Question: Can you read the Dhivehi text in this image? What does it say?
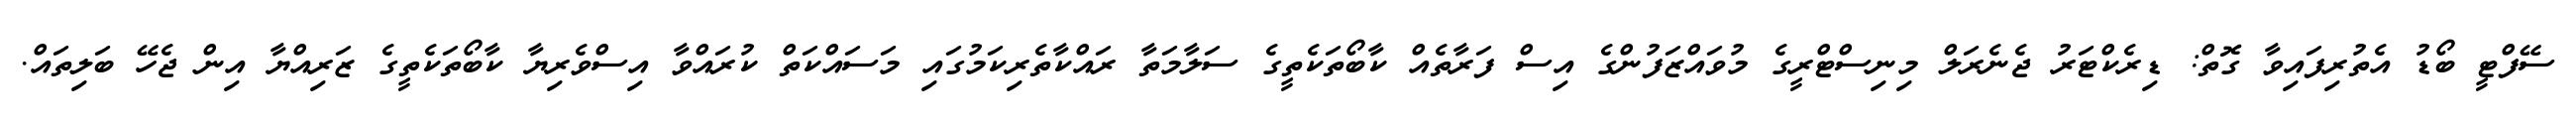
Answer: ސޭފްޓީ ބޯޑު އެތުރިފައިވާ ގޮތް: ޑިރެކްޓަރު ޖެނެރަލް މިނިސްޓްރީގެ މުވައްޒަފުންގެ އިސް ފަރާތެއް ކާބޯތަކެތީގެ ސަލާމަތާ ރައްކާތެރިކަމުގައި މަސައްކަތް ކުރައްވާ އިސްވެރިޔާ ކާބޯތަކެތީގެ ޒަރިއްޔާ އިން ޖެހޭ ބަލިތައް.